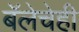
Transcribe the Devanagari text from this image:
बॅलेचेही